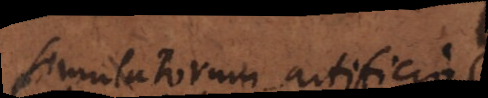
simulatorum artificio,